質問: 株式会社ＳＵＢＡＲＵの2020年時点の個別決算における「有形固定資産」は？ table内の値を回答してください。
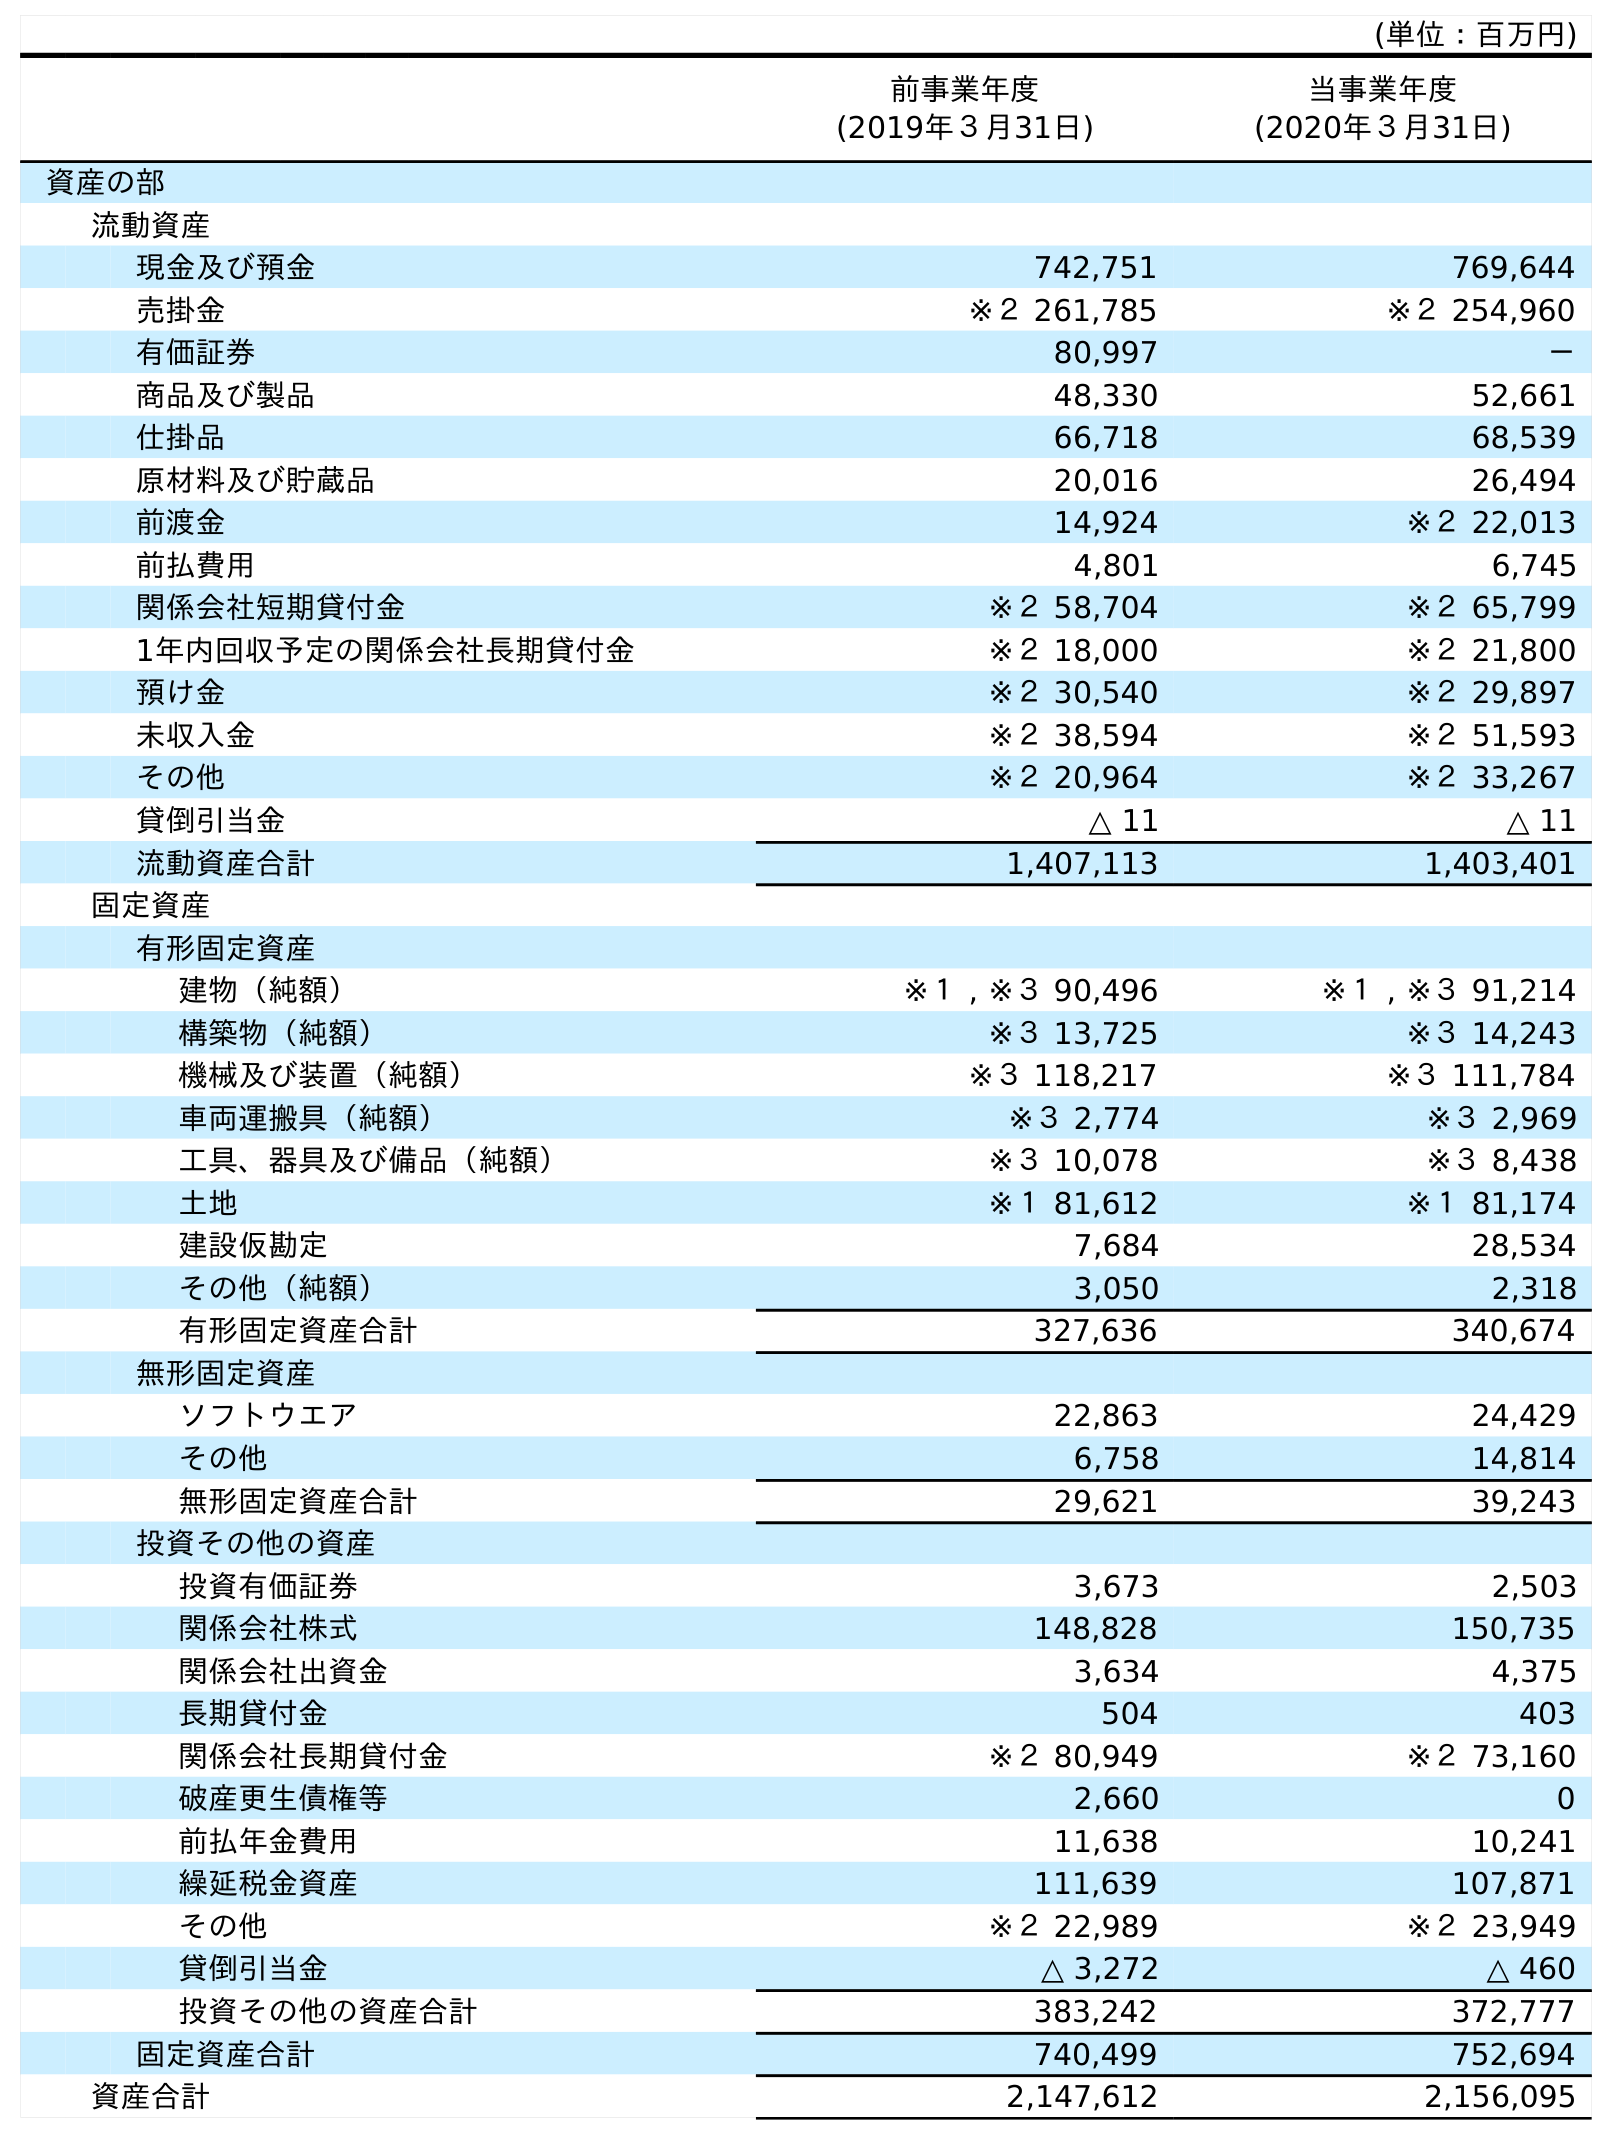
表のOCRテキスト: (単位：百万円) 前事業年度 (2019年３月31日) 当事業年度 (2020年３月31日) 資産の部 流動資産 現金及び預金 742,751 769,644 売掛金 ※２ 261,785 ※２ 254,960 有価証券 80,997 － 商品及び製品 48,330 52,661 仕掛品 66,718 68,539 原材料及び貯蔵品 20,016 26,494 前渡金 14,924 ※２ 22,013 前払費用 4,801 6,745 関係会社短期貸付金 ※２ 58,704 ※２ 65,799 1年内回収予定の関係会社長期貸付金 ※２ 18,000 ※２ 21,800 預け金 ※２ 30,540 ※２ 29,897 未収入金 ※２ 38,594 ※２ 51,593 その他 ※２ 20,964 ※２ 33,267 貸倒引当金 △ 11 △ 11 流動資産合計 1,407,113 1,403,401 固定資産 有形固定資産 建物（純額） ※１ , ※３ 90,496 ※１ , ※３ 91,214 構築物（純額） ※３ 13,725 ※３ 14,243 機械及び装置（純額） ※３ 118,217 ※３ 111,784 車両運搬具（純額） ※３ 2,774 ※３ 2,969 工具、器具及び備品（純額） ※３ 10,078 ※３ 8,438 土地 ※１ 81,612 ※１ 81,174 建設仮勘定 7,684 28,534 その他（純額） 3,050 2,318 有形固定資産合計 327,636 340,674 無形固定資産 ソフトウエア 22,863 24,429 その他 6,758 14,814 無形固定資産合計 29,621 39,243 投資その他の資産 投資有価証券 3,673 2,503 関係会社株式 148,828 150,735 関係会社出資金 3,634 4,375 長期貸付金 504 403 関係会社長期貸付金 ※２ 80,949 ※２ 73,160 破産更生債権等 2,660 0 前払年金費用 11,638 10,241 繰延税金資産 111,639 107,871 その他 ※２ 22,989 ※２ 23,949 貸倒引当金 △ 3,272 △ 460 投資その他の資産合計 383,242 372,777 固定資産合計 740,499 752,694 資産合計 2,147,612 2,156,095
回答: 340,674